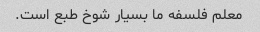
معلم فلسفه ما بسیار شوخ طبع است.